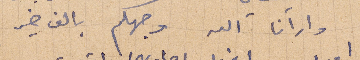
وارانا الله وجهكم بالف خير.